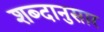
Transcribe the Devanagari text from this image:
शब्दानुसार